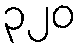
၃၂၀